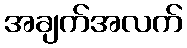
အချက်အလက်